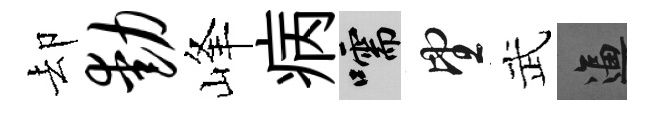
却动峰病嚅望武逼